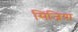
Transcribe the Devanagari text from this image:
सिंजिया